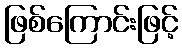
ဖြစ်ကြောင်းဖြင့်